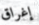
إغراق